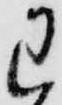
わ